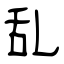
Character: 乱